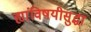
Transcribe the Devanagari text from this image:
ह्यांविषयीसुद्धा